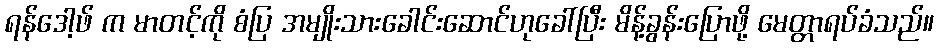
ရန်ဒေါ့ဖ် က မာတင့်ကို စံပြ အမျိုးသားခေါင်းဆောင်ဟုခေါ်ပြီး မိန့်ခွန်းပြောဖို့ မေတ္တာရပ်ခံသည်။